Civil Veterinary Department Bihar & Orissa reports 1929-36 - 1929-1936
Year: 1929
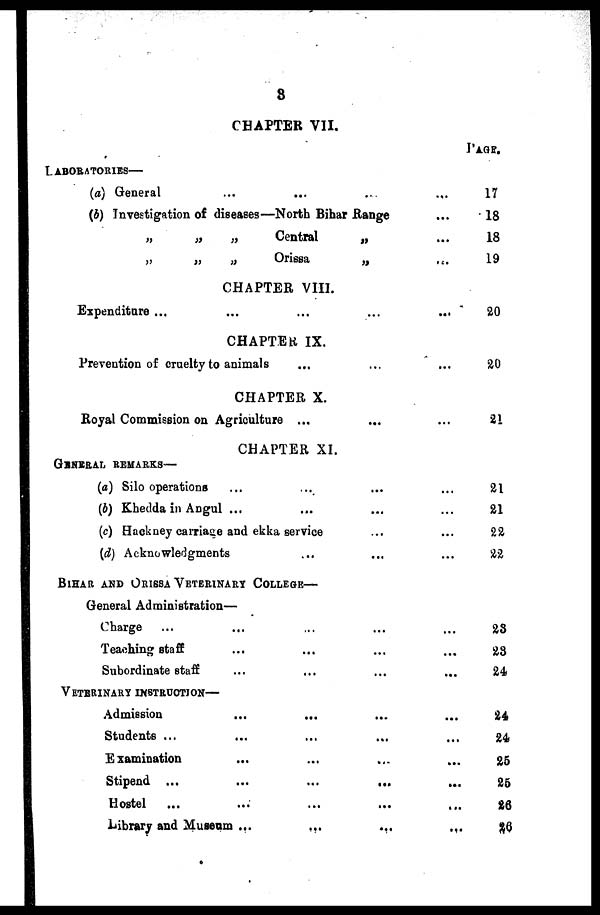
8
CHAPTER VII.
LABORATORIES—
(a) General ... ... ... ...
(b) Investigation of diseases—North Bihar Range ...
„
„
„
Central
„ ...
,„
„
„
Orissa
„
...
CHAPTER VIII.
Expenditure ...
...
...
...
...
CHAPTER IX.
Prevention of cruelty to animals ... ... ...
CHAPTER X.
Royal Commission on Agriculture ... ... ...
CHAPTER XI.
GENERAL REMRKS—
(a) Silo operations ... ... ... ...
(b) Khedda in Angul ... ... ... ...
(c) Hackney carriage and ekka service ... ...
(d) Acknowledgments ... ... ...
BIHAR AND ORISSA VETERINARY COLLEGE—
General Administration—
Charge ... ... ... ... ...
Teaching staff ... ... ... ...
Subordinate staff ... ... ... ...
VETERINARY INSTRUCTION—
Admission ... ... ... ...
Students ... ... ... ... ...
Examination ... ... ... ...
Stipend ... ... ... ... ...
Hostel ... ... ... ... ...
Library and Museum ...
...
...
...
PAGE.
17
18
18
19
20
20
21
21
21
22
22
23
23
24
24
24
25
25
26
26